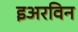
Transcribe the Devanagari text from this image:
इअरविन